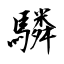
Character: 驎